Report on the lunatic asylums in Bengal - 1862-
Year: 1862
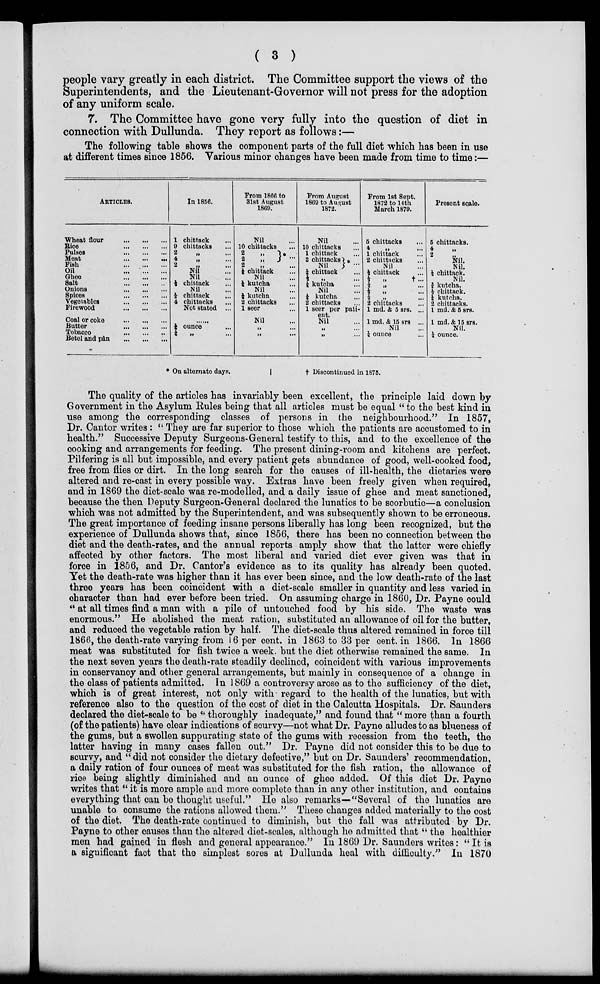
( 3 )
people vary greatly in each district. The Committee support the views of the
Superintendents, and the Lieutenant-Governor will not press for the adoption
of any uniform scale.
7. The Committee have gone very fully into the question of diet in
connection with Dullunda. They report as follows:—
The following table shows the component parts of the full diet which has been in use
at different times since 1856. Various minor changes have been made from time to time:—
ARTICLES.
Wheat
flour
...
...
...
Bice
...
...
...
Pulses
...
...
...
Meat
...
...
...
Fish ... ... ...
Oil
...
...
...
Ghee
...
...
...
Salt
...
...
...
Onions
...
...
...
Spices
...
...
...
Vegetables
...
...
...
Firewood
...
...
...
Coal or coke
...
...
...
Butter
...
...
...
Tobacco
...
...
...
Betel and pân
...
...
...
In 1856.
1
9
2
4
2
chittack ...
chittacks ...
„ ...
„ ...
„ ...
Nil ...
Nil ...
½ chittack ...
Nil ...
⅛
4
chittack ...
chittacks ...
Not stated ...
......
¼
¼
ounce ...
„
...
From 1866 to
31st August
1869.
Nil ...
10 chittacks ...
2
„
2
„
* ...
2 „ ...
¼ chittack ...
Nil
¼ kutcha ...
Nil ...
¼ kutcha
2 chittacks
1 seer
Nil ...
„ ...
„ ...
From August
1869 to August
1872.
Nil ...`
10 chittacks ...
1 chittack ...
2 chittacks
Nil
*
...
¼ chittack ...
½ „ ...
¼ kutcha ...
Nil ...
¼ kutcha ...
2 chittacks ...
1 seer per pati-
eut.
Nil ...
„ ...
„ ...
From 1st Sept.
1872 to 14th
March 1879.
5 chittacks ...
4 „ ...
1 chittack ...
2 chittacks ...
Nil ...
½ chittack ...
½ „
† ...
⅛ „ ...
½ „ ...
⅛ „ ...
2 chittacks ...
1 md. & 5 srs. ...
1 md. & 15 srs ...
Nil ...
¼ ounce ...
Present scale.
5 chittacks.
4
„
2 „
Nil.
Nil.
½ chittack.
Nil.
¾ kutcha.
½ chittack.
¼ kutcha.
2 chittacks.
1 md. & 5 srs.
1 md. & 15 srs.
Nil.
¼ ounce.
* On alternate days.
† Discontinued in 1875.
The quality of the articles has invariably been excellent, the principle laid down by
Government in the Asylum Rules being that all articles must be equal " to the best kind in
use among the corresponding classes of persons in the neighbourhood." In 1857,
Dr. Cantor writes : " They are far superior to those which the patients are accustomed to in
health." Successive Deputy Surgeons-General testify to this, and to the excellence of the
cooking and arrangements for feeding. The present dining-room and kitchens are perfect.
Pilfering is all but impossible, and every patient gets abundance of good, well-cooked food,
free from flies or dirt. In the long search for the causes of ill-health, the dietaries were
altered and re-cast in every possible way. Extras have been freely given when required,
and in 1869 the diet-scale was re-modelled, and a daily issue of ghee and meat sanctioned,
because the then Deputy Surgeon-General declared the lunatics to be scorbutic—a conclusion
which was not admitted by the Superintendent, and was subsequently shown to be erroneous.
The great importance of feeding insane persons liberally has long been recognized, but the
experience of Dullunda shows that, since 1856, there has been no connection between the
diet and the death-rates, and the annual reports amply show that the latter were chiefly
affected by other factors. The most liberal and varied diet ever given was that in
force in 1856, and Dr. Cantor's evidence as to its quality has already been quoted.
Yet the death-rate was higher than it has ever been since, and the low death-rate of the last
three years has been coincident with a diet-scale smaller in quantity and less varied in
character than had ever before been tried. On assuming charge in 1860, Dr. Payne could
" at all times find a man with a pile of untouched food by his side. The waste was
enormous." He abolished the meat ration, substituted an allowance of oil for the butter,
and reduced the vegetable ration by half. The diet-scale thus altered remained in force till
1866, the death-rate varying from 16 per cent. in 1863 to 33 per cent. in 1866. In 1866
meat was substituted for fish twice a week. but the diet otherwise remained the same. In
the next seven years the death-rate steadily declined, coincident with various improvements
in conservancy and other general arrangements, but mainly in consequence of a change in
the class of patients admitted. In 1869 a controversy arose as to the sufficiency of the diet,
which is of great interest, not only with regard to the health of the lunatics, but with
reference also to the question of the cost of diet in the Calcutta Hospitals. Dr. Saunders
declared the diet-scale to be " thoroughly inadequate," and found that " more than a fourth
(of the patients) have clear indications of scurvy—not what Dr. Payne alludes to as blueness of
the gums, but a swollen suppurating state of the gums with recession from the teeth, the
latter having in many cases fallen out." Dr. Payne did not consider this to be due to
scurvy, and " did not consider the dietary defective," but on Dr. Saunders' recommendation,
a daily ration of four ounces of meat was substituted for the fish ration, the allowance of
rice being slightly diminished and an ounce of ghee added. Of this diet Dr. Payne
writes that " it is more ample and more complete than in any other institution, and contains
everything that can be thought useful." He also remarks—"Several of the lunatics are
unable to consume the rations allowed them." These changes added materially to the cost
of the diet. The death-rate continued to diminish, but the fall was attributed by Dr.
Payne to other causes than the altered diet-scales, although he admitted that " the healthier
men had gained in flesh and general appearance." In 1869 Dr. Saunders writes: " It is
a significant fact that the simplest sores at Dullunda heal with difficulty." In 1870